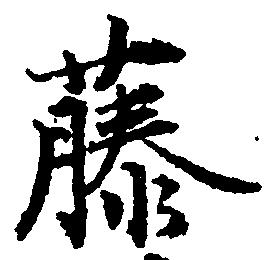
藤